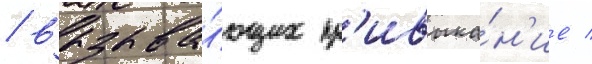
/ вызыва́ющих пр'ивыка́н'ие /